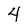
Character: 4